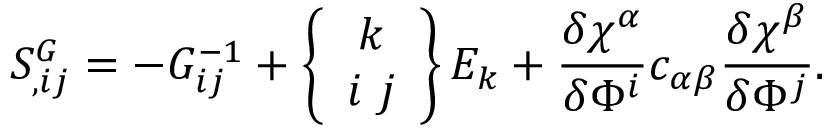
S _ { , i j } ^ { G } = - { \cal G } _ { i j } ^ { - 1 } + \left\{ \begin{array} { c } { { k } } \\ { { i \ j } } \end{array} \right\} { \cal E } _ { k } + \frac { \delta \chi ^ { \alpha } } { \delta \Phi ^ { i } } c _ { \alpha \beta } \frac { \delta \chi ^ { \beta } } { \delta \Phi ^ { j } } .